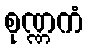
စုဏ္ဏကံ